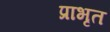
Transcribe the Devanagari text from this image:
प्राभृत